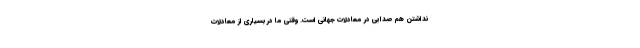
نداشتن هم صدايي در معادلات جهانی است. وقتی ما در بسیاری از معادلات